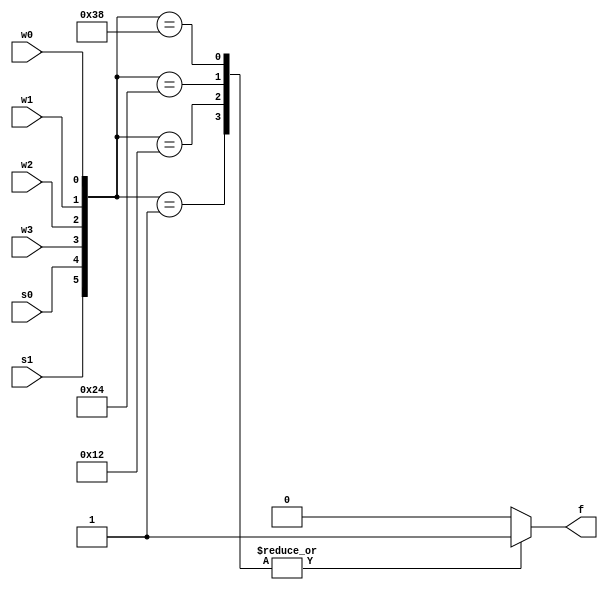
module mux41_case(s0,s1,w0,w1,w2,w3,f);
	input s0,s1,w0,w1,w2,w3;
	output reg f;

	always @ (s0,s1,w0,w1,w2,w3) begin
		f = 0;
		case({s1,s0,w3,w2,w1,w0})
		6'b000001: f = 1;
		6'b010010: f = 1;
		6'b100100: f = 1;
		6'b111000: f = 1;
		default: f = 0;		
		endcase
	end
endmodule